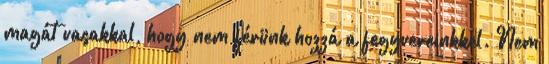
magát vasakkal, hogy nem férünk hozzá a fegyvereinkkel. Nem